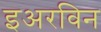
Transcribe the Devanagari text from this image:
इअरविन